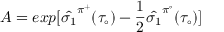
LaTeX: A = e x p [ \hat { \sigma _ { 1 } } ^ { \pi ^ { + } } ( \tau _ { \circ } ) - \frac { 1 } { 2 } \hat { \sigma _ { 1 } } ^ { \pi ^ { \circ } } ( \tau _ { \circ } ) ]